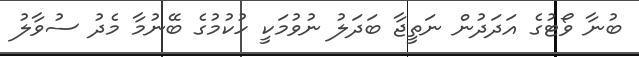
ބުނާ ވޯޓުގެ އަދަދުން ނަތީޖާ ބަދަލު ނުވުމަކީ ހުކުމުގެ ބޭނުމާ މެދު ސުވާލު